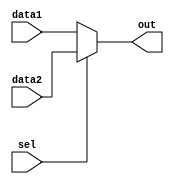
`timescale 1ns / 1ps
//////////////////////////////////////////////////////////////////////////////////
// Company: 
// Engineer: 
// 
// Design Name: 
// Module Name: Mux
// Project Name: 
// Target Devices: 
// Tool Versions: 
// Description: 
// 
// Dependencies: 
// 
// Revision:
// Revision 0.01 - File Created
// Additional Comments:
// 
//////////////////////////////////////////////////////////////////////////////////


module Mux(
    input sel,
    input [31:0]data1,
    input [31:0]data2,
    output reg [31:0] out
    );
    
    always @ (data1 or data2)
    begin
        if(sel == 0)
            out = data1;
        else
            out = data2;
    end
endmodule